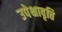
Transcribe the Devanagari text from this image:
उपेक्षावृत्ति